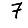
Digit: 7